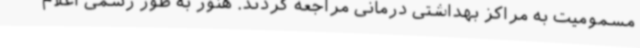
مسمومیت به مراکز بهداشتی درمانی مراجعه کردند. هنوز به طور رسمی اعلام